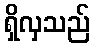
ရှိလှသည်